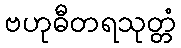
ဗဟုဓီတရသုတ္တံ